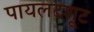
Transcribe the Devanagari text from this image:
पायलटशूट